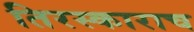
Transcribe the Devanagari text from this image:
तिरस्काराच